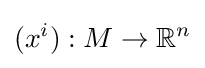
(x^{i}):M\rightarrow \mathbb {R} ^{n}